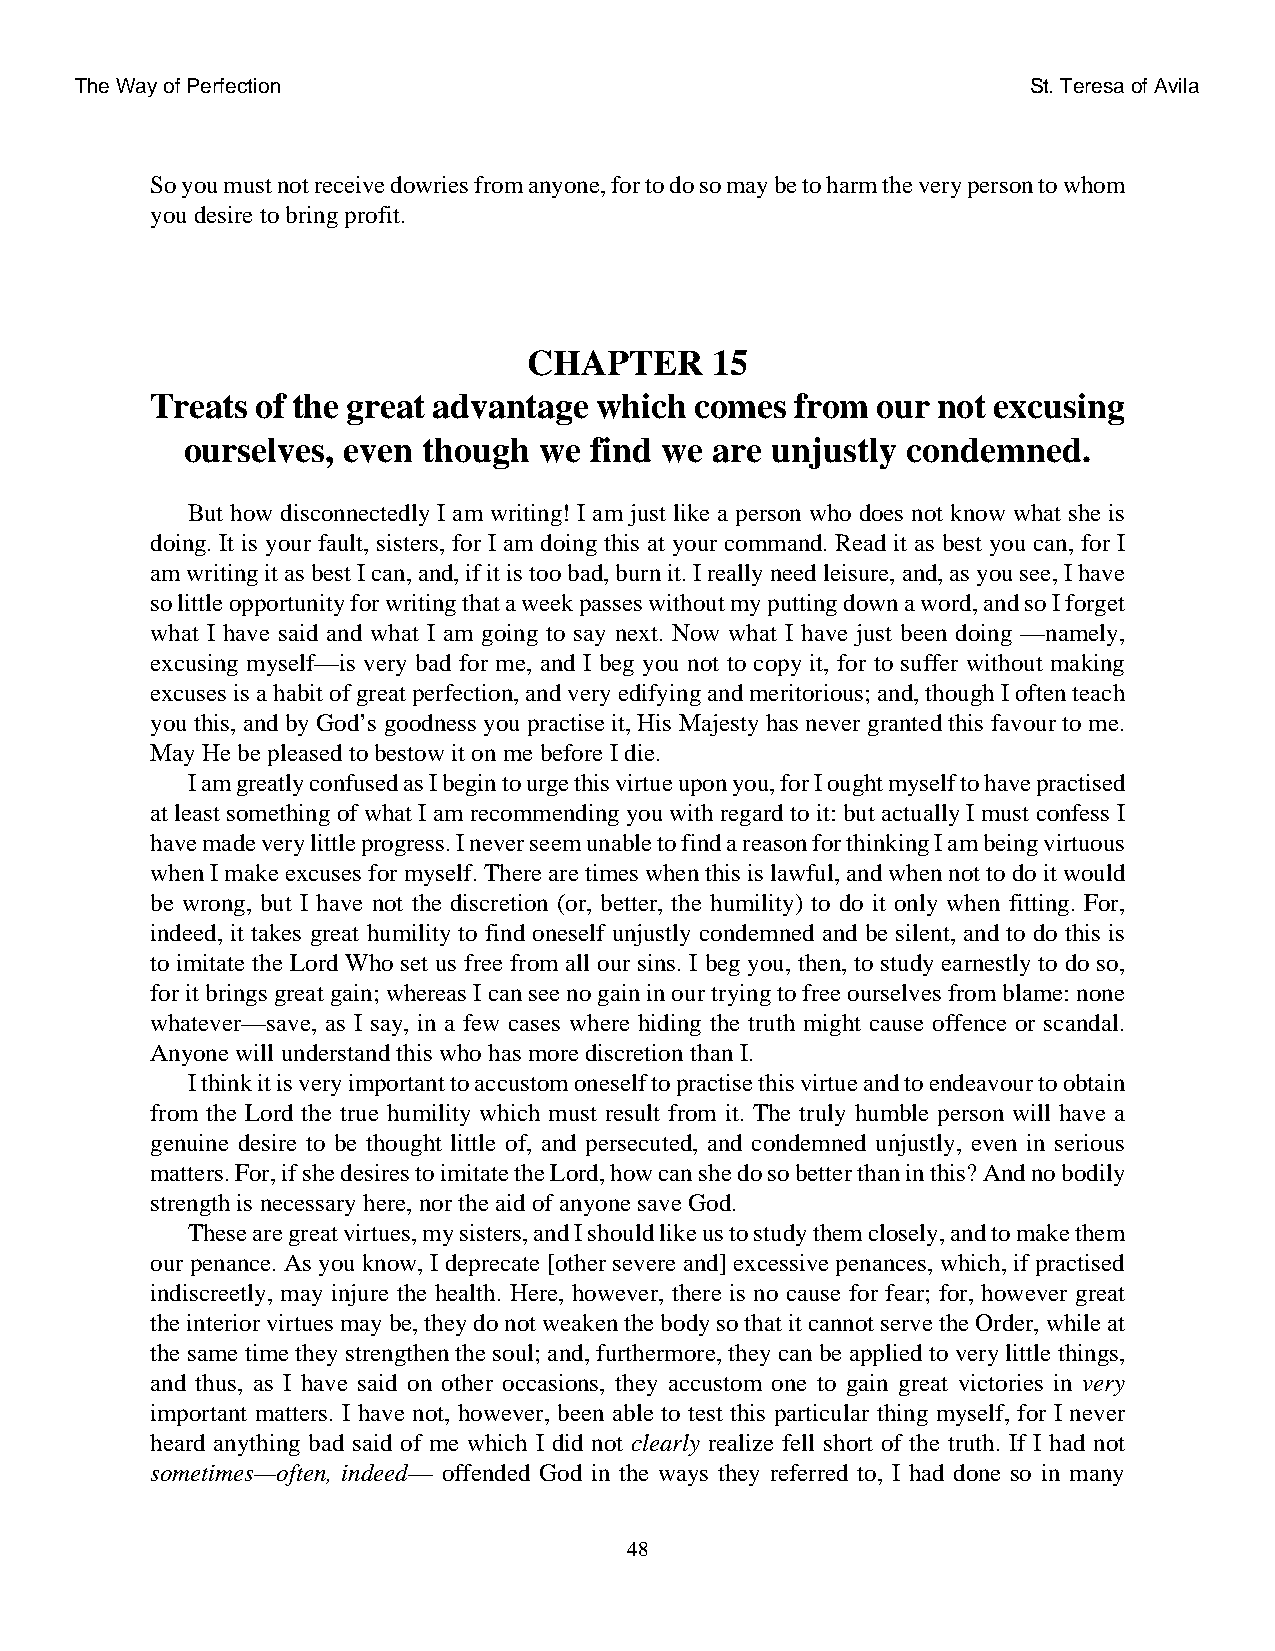
The Way of Perfection                                          St. Teresa of Avila
 So you must not receive dowries from anyone, for to do so may be to harm the very person to whom
 you desire to bring profit.
 CHAPTER     15
 Treats of the great advantage which comes  from our not excusing
 ourselves, even though  we find we are unjustly condemned.
 But how disconnectedly I am writing! I am just like a person who does not know what she is
 doing. It is your fault, sisters, for I am doing this at your command. Read it as best you can, for I
 am writing it as best I can, and, if it is too bad, burn it. I really need leisure, and, as you see, I have
 so little opportunity for writing that a week passes without my putting down a word, and so I forget
 what I have said and what I am going to say next. Now what I have just been doing —namely,
 excusing myself—is very bad for me, and I beg you not to copy it, for to suffer without making
 excuses is a habit of great perfection, and very edifying and meritorious; and, though I often teach
 you this, and by God’s goodness you practise it, His Majesty has never granted this favour to me.
 May He be pleased to bestow it on me before I die.
 I am greatly confused as I begin to urge this virtue upon you, for I ought myself to have practised
 at least something of what I am recommending you with regard to it: but actually I must confess I
 have made very little progress. I never seem unable to find a reason for thinking I am being virtuous
 when I make excuses for myself. There are times when this is lawful, and when not to do it would
 be wrong, but I have not the discretion (or, better, the humility) to do it only when fitting. For,
 indeed, it takes great humility to find oneself unjustly condemned and be silent, and to do this is
 to imitate the Lord Who set us free from all our sins. I beg you, then, to study earnestly to do so,
 for it brings great gain; whereas I can see no gain in our trying to free ourselves from blame: none
 whatever—save, as I say, in a few cases where hiding the truth might cause offence or scandal.
 Anyone will understand this who has more discretion than I.
 I think it is very important to accustom oneself to practise this virtue and to endeavour to obtain
 from the Lord the true humility which must result from it. The truly humble person will have a
 genuine desire to be thought little of, and persecuted, and condemned unjustly, even in serious
 matters. For, if she desires to imitate the Lord, how can she do so better than in this? And no bodily
 strength is necessary here, nor the aid of anyone save God.
 These are great virtues, my sisters, and I should like us to study them closely, and to make them
 our penance. As you know, I deprecate [other severe and] excessive penances, which, if practised
 indiscreetly, may injure the health. Here, however, there is no cause for fear; for, however great
 the interior virtues may be, they do not weaken the body so that it cannot serve the Order, while at
 the same time they strengthen the soul; and, furthermore, they can be applied to very little things,
 and thus, as I have said on other occasions, they accustom one to gain great victories in very
 important matters. I have not, however, been able to test this particular thing myself, for I never
 heard anything bad said of me which I did not clearly realize fell short of the truth. If I had not
 sometimes—often, indeed— offended God in the ways they referred to, I had done so in many
 48